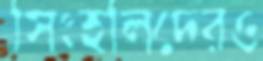
সিংহলিদেরও